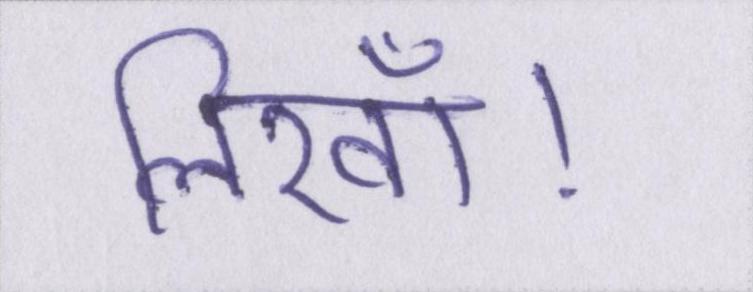
लिखॉ।